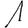
Digit: 1